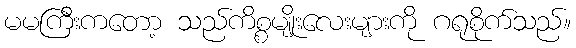
မမကြီးကတော့ သည်ကိစ္စမျိုးလေးများကို ဂရုစိုက်သည်။